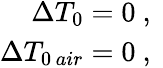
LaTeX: \begin{array}{r}{\Delta T_{0}=0\ ,\ }\\ {\Delta T_{0\, air}=0\ ,\ }\end{array}